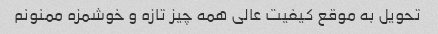
تحویل به موقع کیفیت عالی همه چیز تازه و خوشمزه ممنونم